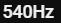
540HZ